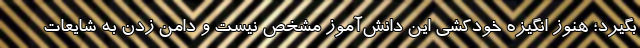
بگیرد؛ هنوز انگیزه خودکشی این دانش‌آموز مشخص نیست و دامن زدن به شایعات